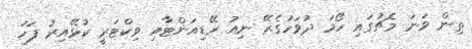
ތިން ވަނަ މެޗުގައި ހޯމަ ދުވަހުގެރޭ ނިއު ރޭޑިއަންޓާއި ވިކްޓަރީ ކުޅޭއިރު ފަހު